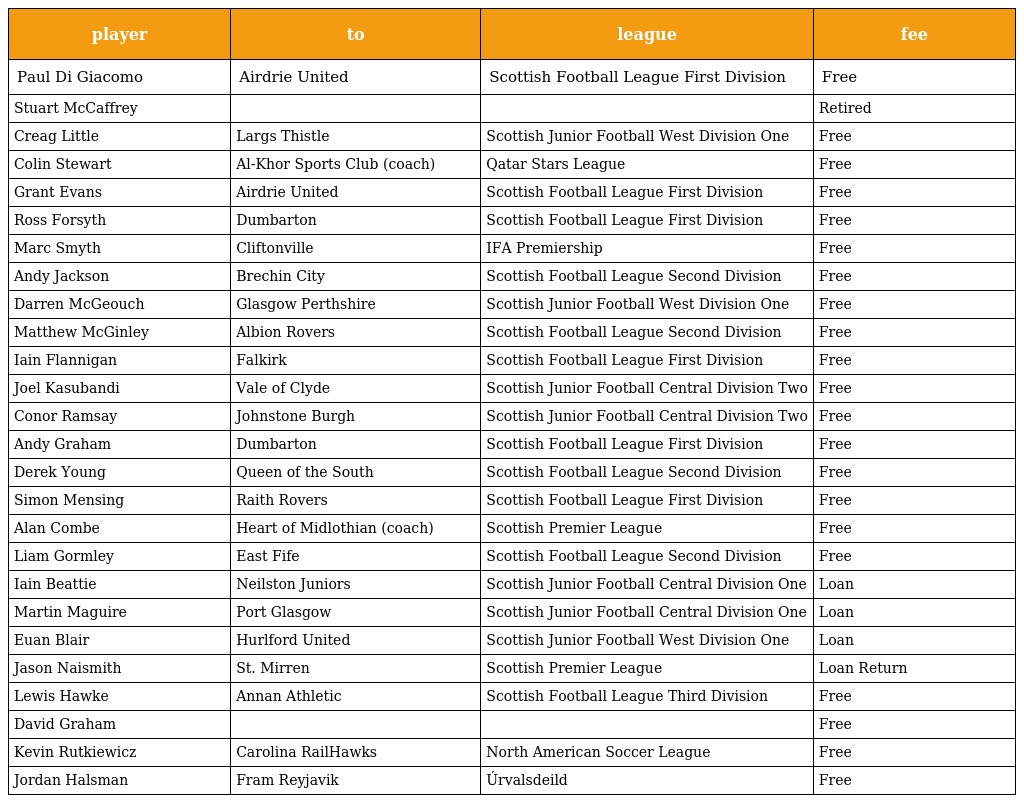
| player | to | league | fee |
 | --- | --- | --- | --- |
 | Paul Di Giacomo | Airdrie United | Scottish Football League First Division | Free |
 | Stuart McCaffrey |  |  | Retired |
 | Creag Little | Largs Thistle | Scottish Junior Football West Division One | Free |
 | Colin Stewart | Al-Khor Sports Club (coach) | Qatar Stars League | Free |
 | Grant Evans | Airdrie United | Scottish Football League First Division | Free |
 | Ross Forsyth | Dumbarton | Scottish Football League First Division | Free |
 | Marc Smyth | Cliftonville | IFA Premiership | Free |
 | Andy Jackson | Brechin City | Scottish Football League Second Division | Free |
 | Darren McGeouch | Glasgow Perthshire | Scottish Junior Football West Division One | Free |
 | Matthew McGinley | Albion Rovers | Scottish Football League Second Division | Free |
 | Iain Flannigan | Falkirk | Scottish Football League First Division | Free |
 | Joel Kasubandi | Vale of Clyde | Scottish Junior Football Central Division Two | Free |
 | Conor Ramsay | Johnstone Burgh | Scottish Junior Football Central Division Two | Free |
 | Andy Graham | Dumbarton | Scottish Football League First Division | Free |
 | Derek Young | Queen of the South | Scottish Football League Second Division | Free |
 | Simon Mensing | Raith Rovers | Scottish Football League First Division | Free |
 | Alan Combe | Heart of Midlothian (coach) | Scottish Premier League | Free |
 | Liam Gormley | East Fife | Scottish Football League Second Division | Free |
 | Iain Beattie | Neilston Juniors | Scottish Junior Football Central Division One | Loan |
 | Martin Maguire | Port Glasgow | Scottish Junior Football Central Division One | Loan |
 | Euan Blair | Hurlford United | Scottish Junior Football West Division One | Loan |
 | Jason Naismith | St. Mirren | Scottish Premier League | Loan Return |
 | Lewis Hawke | Annan Athletic | Scottish Football League Third Division | Free |
 | David Graham |  |  | Free |
 | Kevin Rutkiewicz | Carolina RailHawks | North American Soccer League | Free |
 | Jordan Halsman | Fram Reyjavik | Úrvalsdeild | Free |